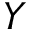
Y